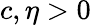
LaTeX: c,\eta>0